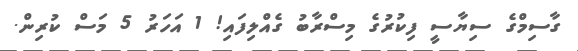
ގާސިމްގެ ސިޔާސީ ފިކުރުގެ މިސްރާބު ގެއްލިފައި! 1 އަހަރު 5 މަސް ކުރިން.